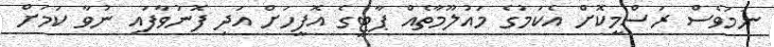
ނަމަވެސް ރަސްމީކޮށް އެކަމުގެ މައުލޫމާތެއް ޕާޓީގެ އޮފީހަށް އަދި ފޮނުވާފައި ނުވާ ކަމަށް